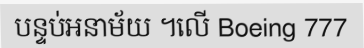
បន្ទប់អនាម័យ ។លើ Boeing 777